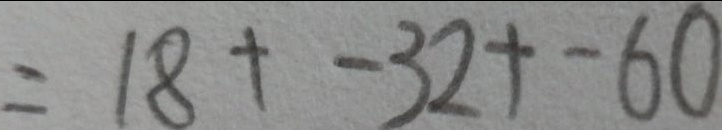
= 1 8 + - 3 2 + - 6 0